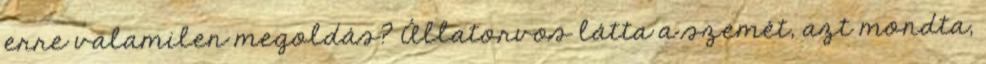
erre valamilen megoldás? Állatorvos látta a szemét, azt mondta,